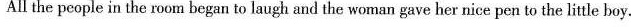
All the people in the room began to laugh and the woman gave her nice pen to the litle boy.